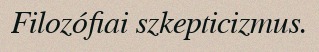
Filozófiai szkepticizmus.